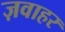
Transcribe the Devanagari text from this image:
ज़वाहर